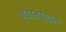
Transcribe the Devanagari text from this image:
ज्यामार्फत